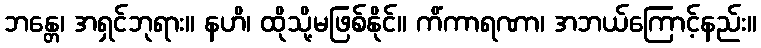
ဘန္တေ၊ အရှင်ဘုရား။ နဟိ၊ ထိုသို့မဖြစ်နိုင်။ ကိံကာရဏာ၊ အဘယ်ကြောင့်နည်း။